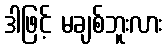
ဒါဖြင့် မချစ်ဘူးလား